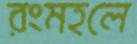
রংমহলে